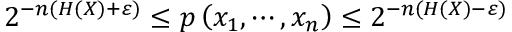
2 ^ { - n ( H ( X ) + \varepsilon ) } \leq p \left( x _ { 1 } , \cdots , x _ { n } \right) \leq 2 ^ { - n ( H ( X ) - \varepsilon ) }